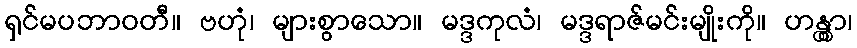
ရှင်မပဘာဝတီ။ ဗဟုံ၊ များစွာသော။ မဒ္ဒကုလံ၊ မဒ္ဒရာဇ်မင်းမျိုးကို။ ဟန္တွာ၊